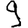
Digit: 9